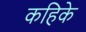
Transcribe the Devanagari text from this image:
कहिके